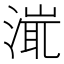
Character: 𣹵